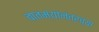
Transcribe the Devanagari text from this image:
बातम्यांनंतरच्या